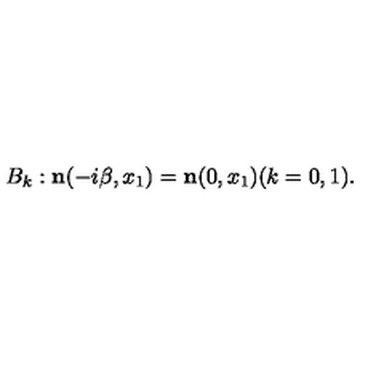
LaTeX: B _ { k } : { \bf n } ( - i \beta , x _ { 1 } ) = { \bf n } ( 0 , x _ { 1 } ) ( k = 0 , 1 ) .